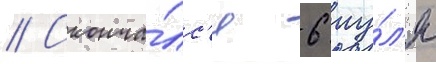
// Сконча́лс'я 6 иу́л'я